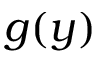
g ( y )